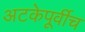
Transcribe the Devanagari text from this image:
अटकेपूर्वीच